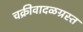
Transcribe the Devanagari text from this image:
चक्रीवादळग्रस्त